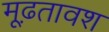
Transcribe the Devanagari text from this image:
मूढ़तावश